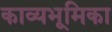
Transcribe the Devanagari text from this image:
काव्यभूमिका